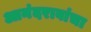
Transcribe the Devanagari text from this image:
आनंदरावांचा